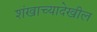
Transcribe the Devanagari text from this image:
शंखाच्यादेखील